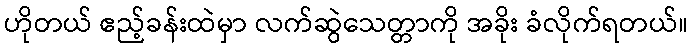
ဟိုတယ် ဧည့်ခန်းထဲမှာ လက်ဆွဲသေတ္တာကို အခိုး ခံလိုက်ရတယ်။